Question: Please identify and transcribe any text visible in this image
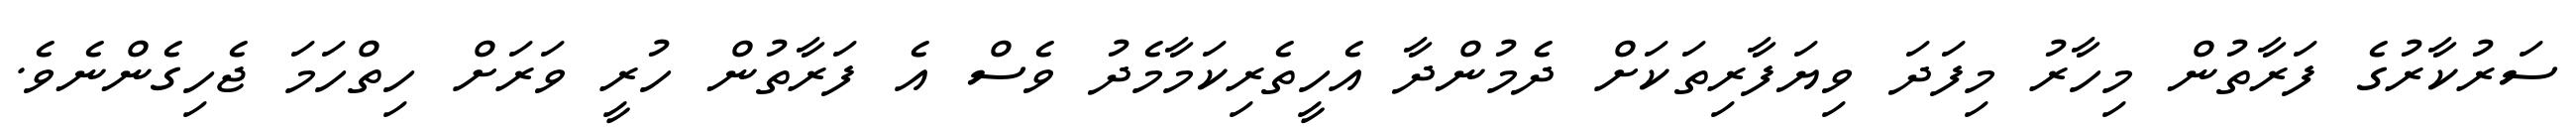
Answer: ސަރުކާރުގެ ފަރާތުން މިހާރު މިފަދަ ވިޔަފާރިތަކަށް ދެމުންދާ އެހީތެރިކަމާމެދު ވެސް އެ ފަރާތުން ހުރީ ވަރަށް ހިތްހަމަ ޖެހިގެންނެވެ.